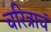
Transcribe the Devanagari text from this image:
चरित्राचं